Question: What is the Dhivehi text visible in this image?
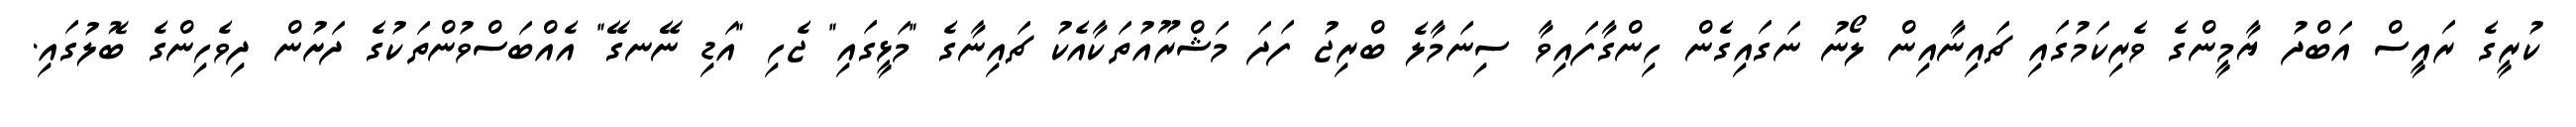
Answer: ކުރީގެ ރައީސް އަބްދު ޔާމީންގެ ވެރިކަމުގައި ޗައިނާއިން ލޯނު ނަގައިގެން ހިންގާފައިވާ ސިނަމާލެ ބްރިޖު ފަދަ މަޝްރޫއުތަކާއެކު ޗައިނާގެ "މަޅީގައި" ޖެހި "އަޑި ނޭނގޭ" އެއްބަސްވުންތަކުގެ ދަށުން ދިވެހިންގެ ބޮލުގައި.